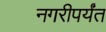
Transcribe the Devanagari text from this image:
नगरीपर्यंत